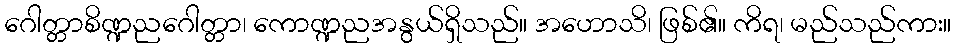
ဂေါတ္တာစိဏ္ဍညဂေါတ္တာ၊ ကောဏ္ဍညအနွယ်ရှိသည်။ အဟောသိ၊ ဖြစ်၏။ ကိရ၊ မည်သည်ကား။